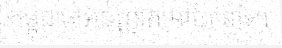
កម្ពុជាគេអនុញ្ញាតអោយទៅ»។